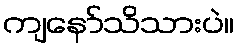
ကျနော်သိသားပဲ။